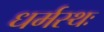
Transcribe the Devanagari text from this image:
धर्मस्थः